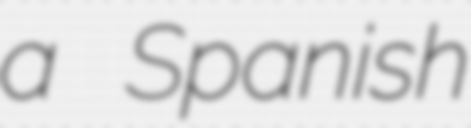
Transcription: a Spanish